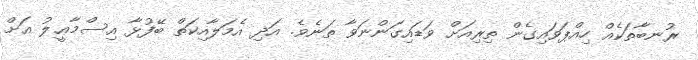
ރުނބާތަކެއް ހިއްޕަވައިގެން ތިރިއަށް ވަޑައިގަންނަވާ ތަނެވެ. އަދި އެމަލާއިކަތް ބޭފުޅާ އިސްމާޢީލު އަށް